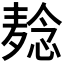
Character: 𬹌